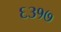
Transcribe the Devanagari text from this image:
६३१७